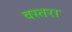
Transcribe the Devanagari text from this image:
वस्तरा